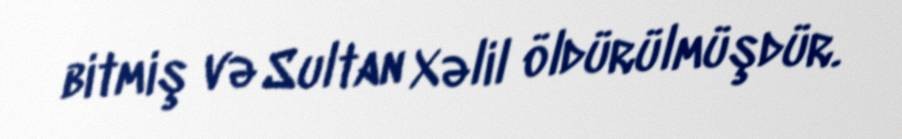
bitmiş və Sultan Xəlil öldürülmüşdür.